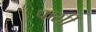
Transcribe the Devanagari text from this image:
फर्सी